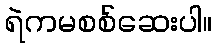
ရဲကမစစ်ဆေးပါ။